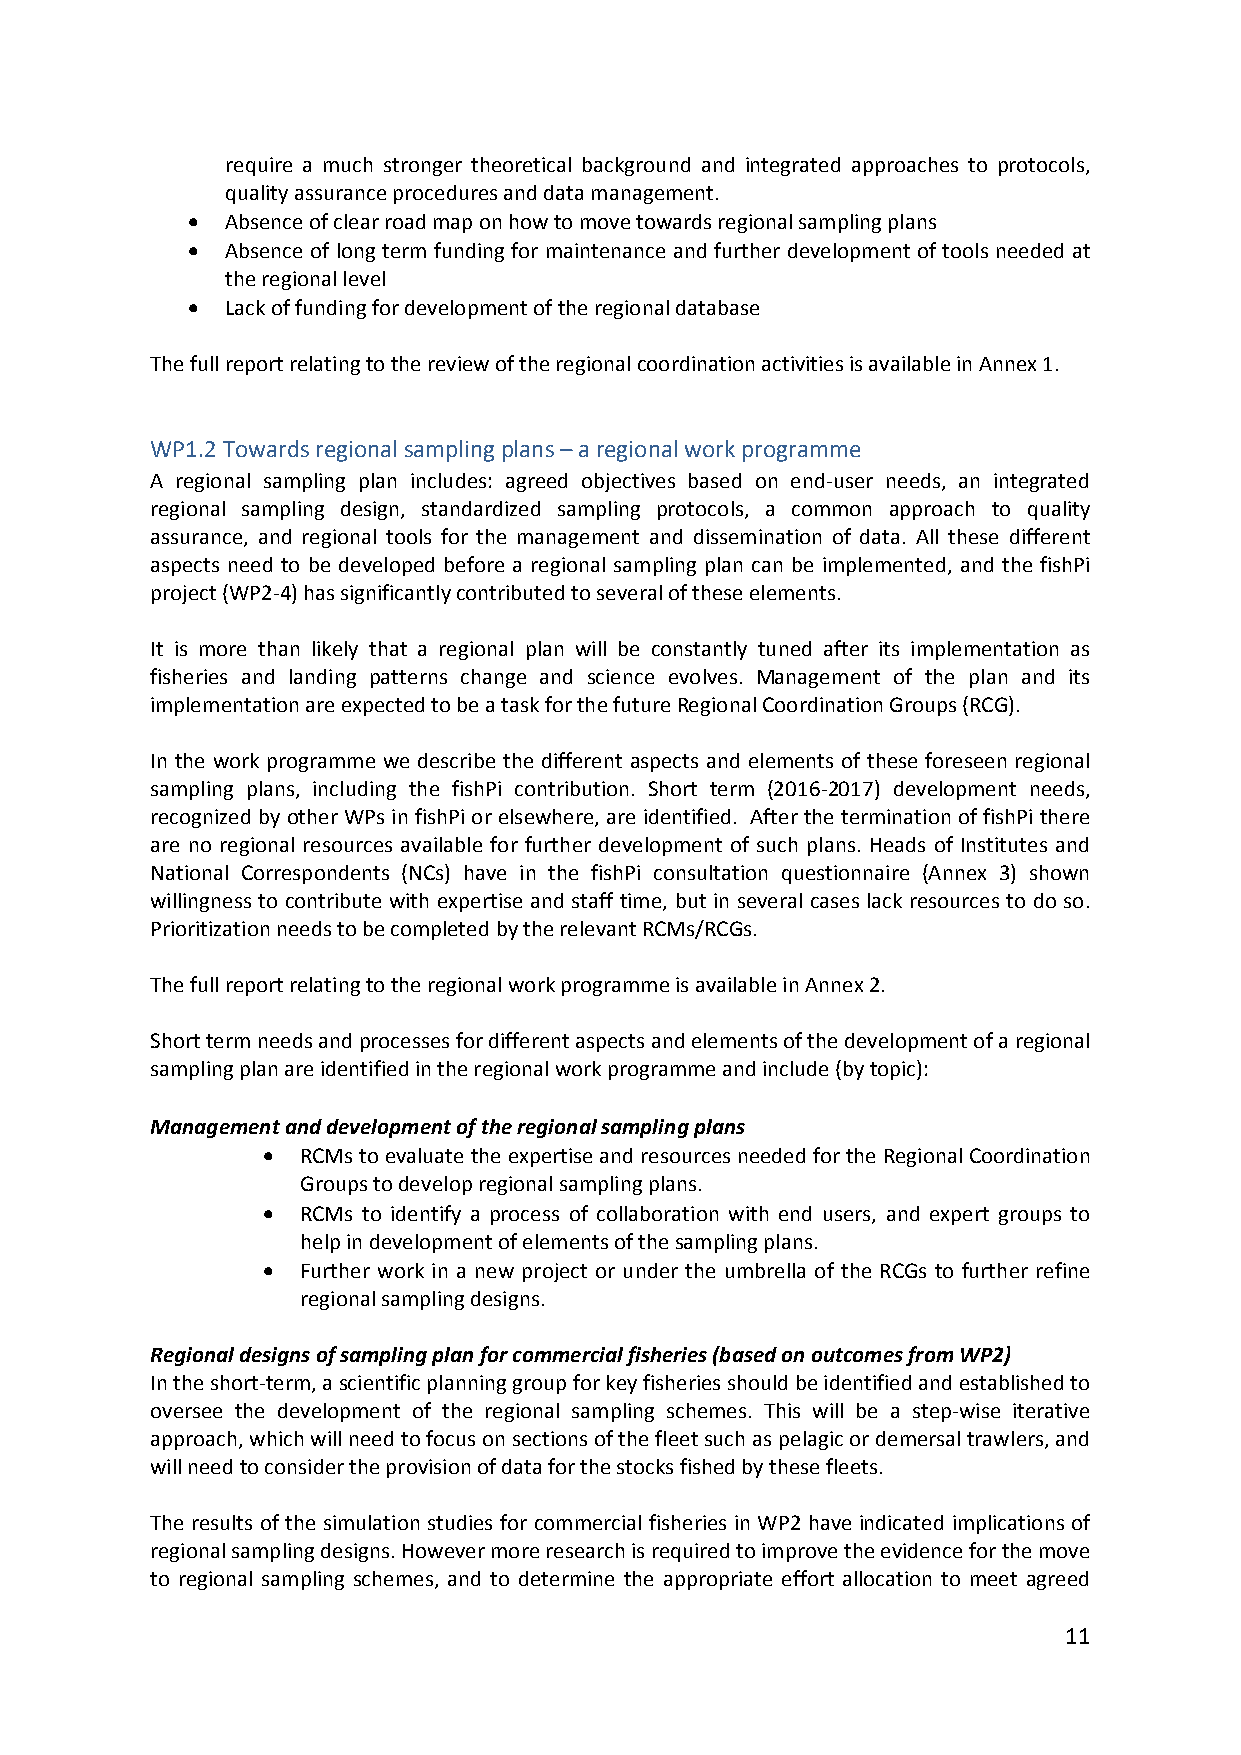
require a much stronger theoretical background and integrated approaches to protocols,
 quality assurance procedures and data management.
   Absence of clear road map on how to move towards regional sampling plans
   Absence of long term funding for maintenance and further development of tools needed at
 the regional level
   Lack of funding for development of the regional database
 The full report relating to the review of the regional coordination activities is available in Annex 1.
 WP1.2 Towards regional sampling plans – a regional work programme
 A regional sampling plan includes: agreed objectives based on end‐user needs, an integrated
 regional sampling design, standardized sampling protocols, a common approach to quality
 assurance, and regional tools for the management and dissemination of data. All these different
 aspects need to be developed before a regional sampling plan can be implemented, and the fishPi
 project (WP2‐4) has significantly contributed to several of these elements.
 It is more than likely that a regional plan will be constantly tuned after its implementation as
 fisheries and landing patterns change and science evolves. Management of the plan and its
 implementation are expected to be a task for the future Regional Coordination Groups (RCG).
 In the work programme we describe the different aspects and elements of these foreseen regional
 sampling plans, including the fishPi contribution. Short term (2016‐2017) development needs,
 recognized by other WPs in fishPi or elsewhere, are identified. After the termination of fishPi there
 are no regional resources available for further development of such plans. Heads of Institutes and
 National Correspondents (NCs) have in the fishPi consultation questionnaire (Annex 3) shown
 willingness to contribute with expertise and staff time, but in several cases lack resources to do so.
 Prioritization needs to be completed by the relevant RCMs/RCGs.
 The full report relating to the regional work programme is available in Annex 2.
 Short term needs and processes for different aspects and elements of the development of a regional
 sampling plan are identified in the regional work programme and include (by topic):
 Management and development of the regional sampling plans
   RCMs to evaluate the expertise and resources needed for the Regional Coordination
 Groups to develop regional sampling plans.
   RCMs to identify a process of collaboration with end users, and expert groups to
 help in development of elements of the sampling plans.
   Further work in a new project or under the umbrella of the RCGs to further refine
 regional sampling designs.
 Regional designs of sampling plan for commercial fisheries (based on outcomes from WP2)
 In the short‐term, a scientific planning group for key fisheries should be identified and established to
 oversee the development of the regional sampling schemes. This will be a step‐wise iterative
 approach, which will need to focus on sections of the fleet such as pelagic or demersal trawlers, and
 will need to consider the provision of data for the stocks fished by these fleets.
 The results of the simulation studies for commercial fisheries in WP2 have indicated implications of
 regional sampling designs. However more research is required to improve the evidence for the move
 to regional sampling schemes, and to determine the appropriate effort allocation to meet agreed
 11